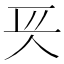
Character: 𠇬